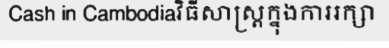
Cash in Cambodiaវិធីសាស្ត្រក្នុងការរក្សា